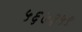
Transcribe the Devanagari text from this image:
५६७३५९